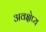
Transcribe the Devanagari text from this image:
अवक्षेप्य